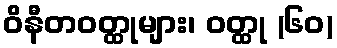
ဝိနီတဝတ္ထုများ၊ ဝတ္ထု (၆၀)